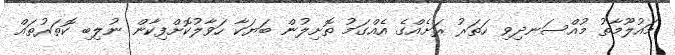
މައުލޫމާތު މުއްސަނދިވި ހަތަރު ރަށެއްގެ އެއްގަމު ތޮށިލުން ބަޔަކާ ހަވާލުކޮށްފިކާން ނުލިބި ކޮތަރުތައް